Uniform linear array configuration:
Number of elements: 16
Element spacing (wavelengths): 0.25
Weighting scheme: binomial
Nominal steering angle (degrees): -15
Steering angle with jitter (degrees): -16.178
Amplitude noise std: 0.05
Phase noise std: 0.05

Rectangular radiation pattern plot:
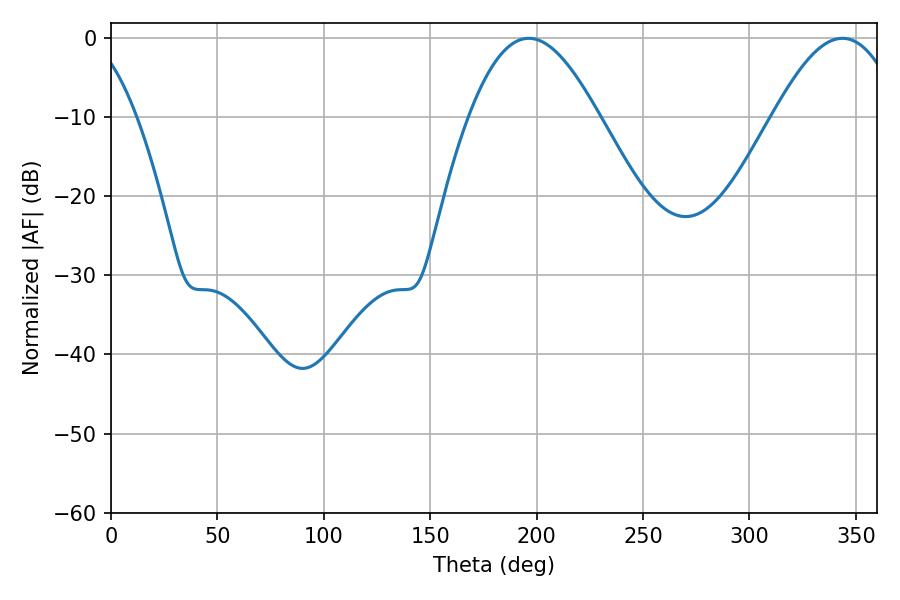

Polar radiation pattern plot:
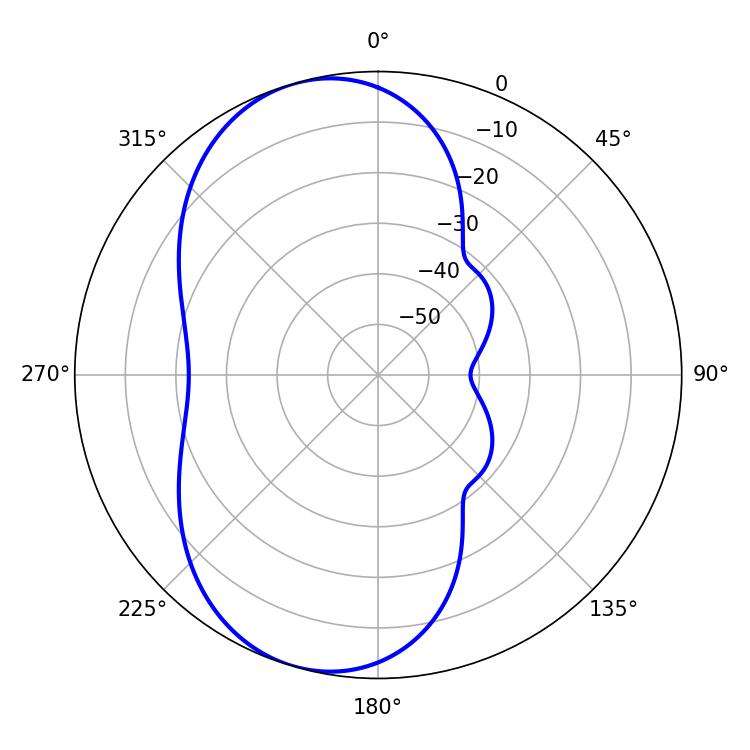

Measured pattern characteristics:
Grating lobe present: FALSE
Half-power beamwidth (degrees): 32.94
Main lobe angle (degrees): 196.38